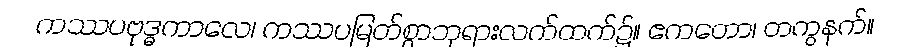
ကဿပဗုဒ္ဓကာလေ၊ ကဿပမြတ်စွာဘုရားလက်ထက်၌။ ဧကတော၊ တကွနက်။